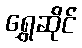
ရွှေဆိုင်